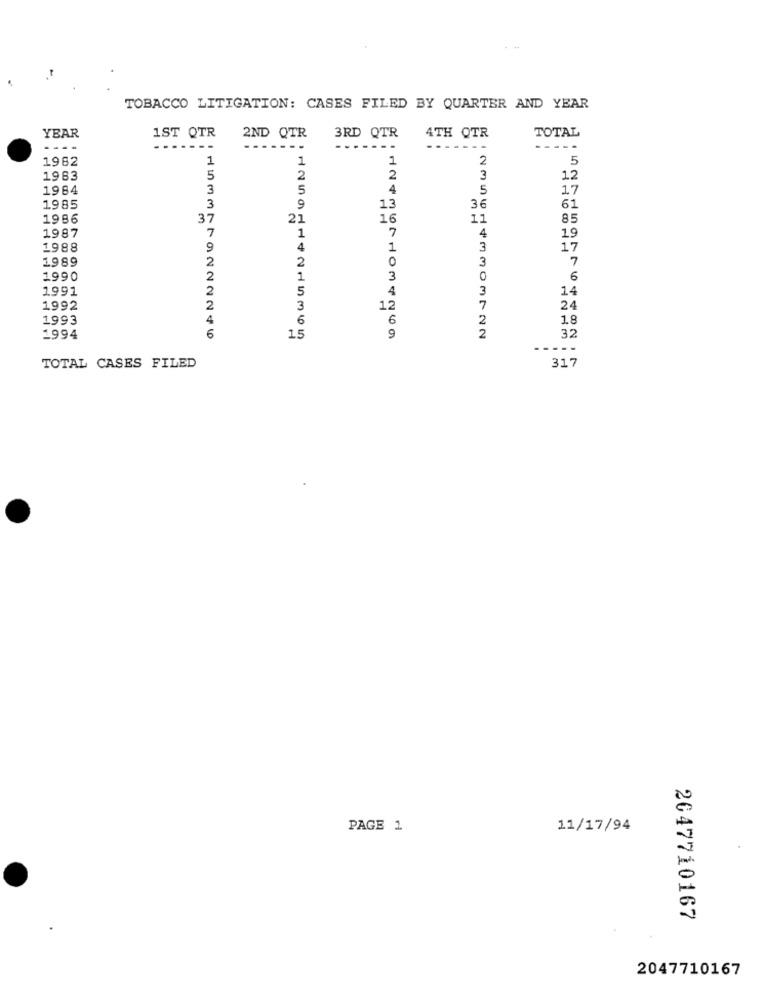
TOBACCO LITIGATION: CASES FILED BY QUARTER AND YEAR
TOTAL
YBAR
1ST QTR
2ND QTR
3RD QTR
4TH OTR
----
- -
1982
1
1
1
2
5
1983
5
2
2
3
12
1984
3
5
4
5
17
1985
3
9
13
36
61
1986
3'
21
16
11
85
7
7
1987
1
4
19
1988
9
4
1
3
17
1989
0
3
7
2
2
1990
1
3
0
6
1991
2
5
3
14
4
1992
2
12
7
24
1993
6
2
18
6
2
32
1994
9
-----
317
TOTAL CASES FILED
PAGE 1
11/17/94
2047710167
2047710167